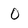
Character: 0